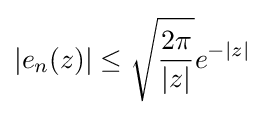
\vert e_{n}(z)\vert \leq {\sqrt {\frac {2\pi }{\vert z\vert }}}e^{-\vert z\vert }